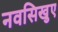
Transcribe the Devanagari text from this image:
नवसिखुए